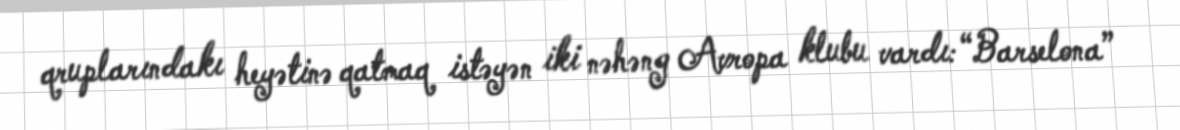
qruplarındakı heyətinə qatmaq istəyən iki nəhəng Avropa klubu vardı: “Barselona”